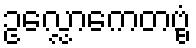
ဥလ္လောကေတဗ္ဗံ